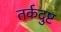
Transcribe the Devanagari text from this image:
तर्कदुष्ट